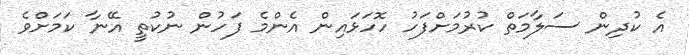
އެ ކުދިން ސަލާމަތް ކުރުމަށްފަހު ހޮހަޅައިން އެންމެ ފަހުން ނުކުތީ އޭނާ ކަމަށްވެ